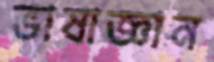
ভাষাজ্ঞান